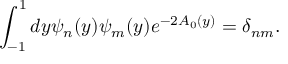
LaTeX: \int _ { - 1 } ^ { 1 } d y \psi _ { n } ( y ) \psi _ { m } ( y ) e ^ { - 2 A _ { 0 } ( y ) } = \delta _ { n m } .